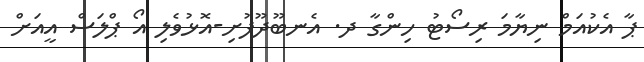
ޕާ އެކުއަމް ނިޔާމަ ރިސޯޓު ހިންގާ ދ. އެނބޫދޫފުށި-އޮޅުވެލި އޯ ޕްލަސް އީއަށް